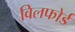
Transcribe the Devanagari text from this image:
विलफोर्ड